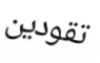
تقودين